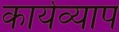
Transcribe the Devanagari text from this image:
कार्यव्याप